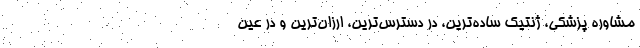
مشاوره پزشکی، ژنتیک ساده‌ترین، در دسترس‌ترین، ارزان‌ترین و در عین